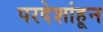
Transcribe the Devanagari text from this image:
परदेशांहून